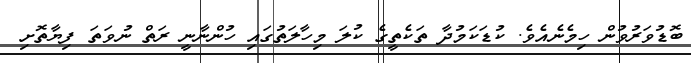
ބޮޑުވަރުވުން ހިމެނެއެވެ. ކުޑަކަމުދާ ތަކެތީގެ ކުލަ މިހާލަތުގައި ހުންނާނީ ރަތް ނުވަތަ ފިޔާތޮށި